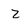
Character: Z